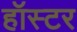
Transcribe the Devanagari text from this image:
हॉस्टर